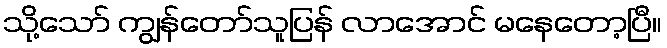
သို့သော် ကျွန်တော်သူပြန် လာအောင် မနေတော့ပြီ။